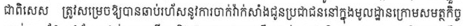
ជាពិសេស ត្រូវសម្រេចឱ្យបានឆាប់រហ័សនូវការចាក់វ៉ាក់សាំងជូនប្រជាជននៅក្នុងមូលដ្ឋានក្រោមសមត្ថកិច្ច